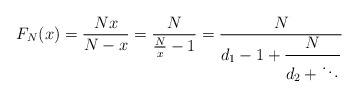
\begin{align*}F_N(x)=\frac{Nx}{N-x}=\frac{N}{\frac{N}{x}-1}=\frac{N}{d_1-1+\displaystyle\frac{N}{d_2+\ddots}}\end{align*}